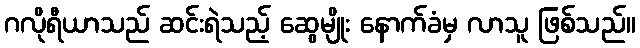
ဂလိုရီယာသည် ဆင်းရဲသည့် ဆွေမျိုး နောက်ခံမှ လာသူ ဖြစ်သည်။